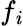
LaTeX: f_{\mathit{i}}